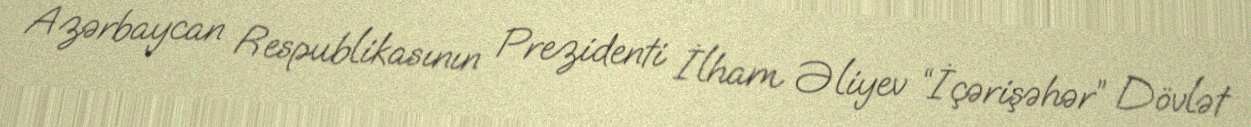
Azərbaycan Respublikasının Prezidenti İlham Əliyev “İçərişəhər” Dövlət